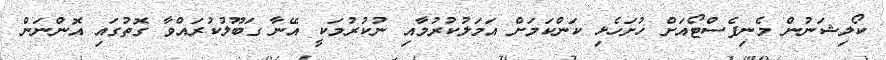
ކޯލިޝަނުން މެނިފެސްޓޯއަށް ހުށަހެޅި ކަންކަމަށް އަމަލުކުރުމާއި ނުކުރުމަކީ އޭނާ ގަބޫލުކުރައްވާ ގޮތުގައި އޮންނަން